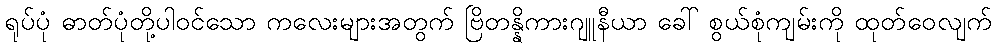
ရုပ်ပုံ ဓာတ်ပုံတို့ပါဝင်သော ကလေးများအတွက် ဗြိတန္နိကားဂျူနီယာ ခေါ် စွယ်စုံကျမ်းကို ထုတ်ဝေလျက်